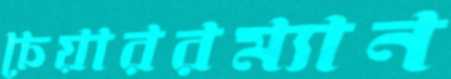
চেয়াররম্যান